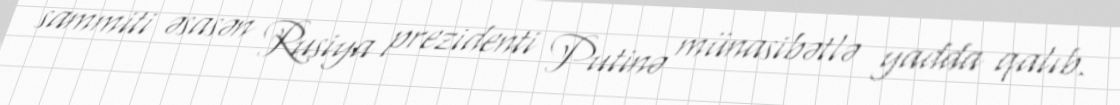
sammiti əsasən Rusiya prezidenti Putinə münasibətlə yadda qalıb.